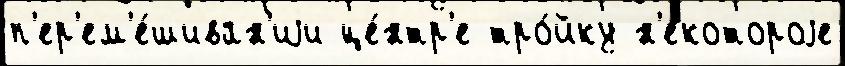
п'ер'ем'е́шиван'иjи це́нтр'е тро́йку н'е́котороjе